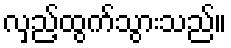
လှည့်ထွက်သွားသည်။